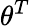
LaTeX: \theta^{T}